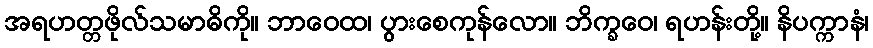
အရဟတ္တဖိုလ်သမာဓိကို။ ဘာဝေထ၊ ပွားစေကုန်လော။ ဘိက္ခဝေ၊ ရဟန်းတို့။ နိပက္ကာနံ၊